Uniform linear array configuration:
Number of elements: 12
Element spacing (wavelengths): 0.25
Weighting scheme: cosine
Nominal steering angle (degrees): -30
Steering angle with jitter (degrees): -28.302
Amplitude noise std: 0.05
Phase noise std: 0.05

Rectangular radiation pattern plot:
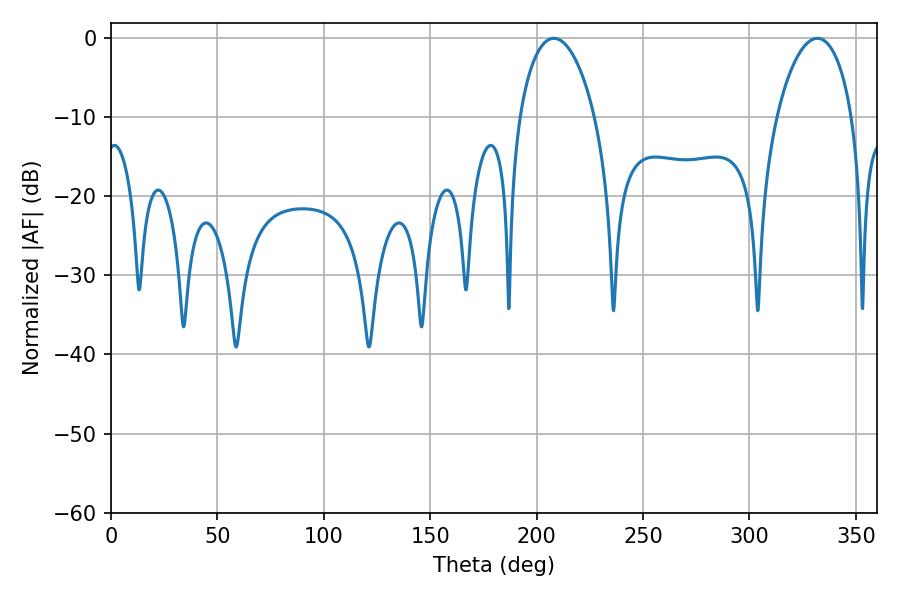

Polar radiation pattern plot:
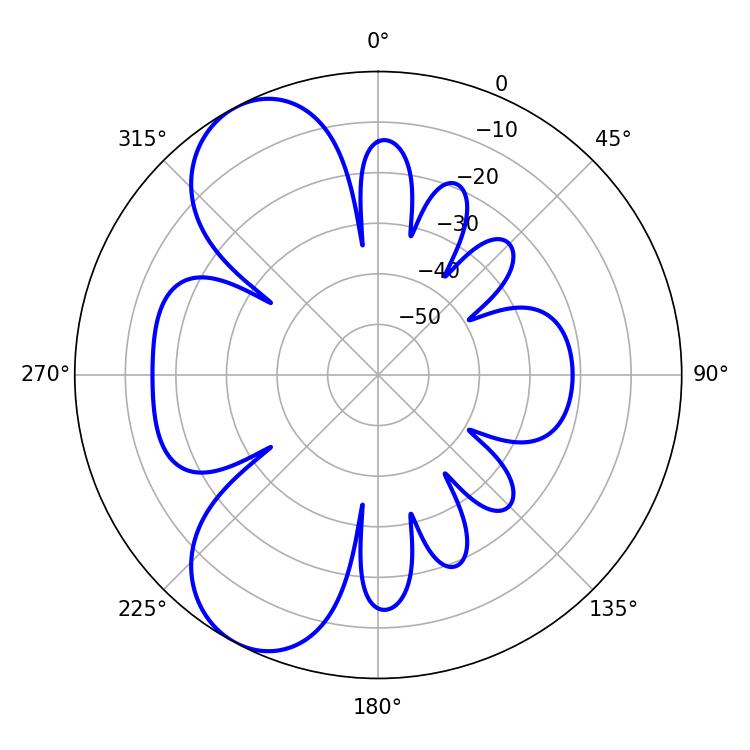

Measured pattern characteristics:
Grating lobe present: FALSE
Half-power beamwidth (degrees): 20.16
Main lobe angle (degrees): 208.08